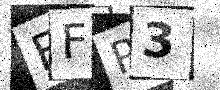
Text: BFP3